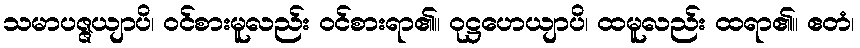
သမာပဇ္ဇယျာပိ၊ ဝင်စားမူလည်း ဝင်စားရာ၏။ ဝုဋ္ဌဟေယျာပိ၊ ထမူလည်း ထရာ၏။ ဧတံ၊